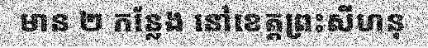
មាន ២ កន្លែង នៅខេត្តព្រះសីហនុ